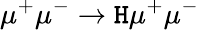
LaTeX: \mu^{+}\mu^{-}\to\mathtt{H}\mu^{+}\mu^{-}